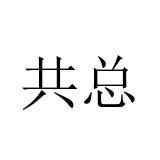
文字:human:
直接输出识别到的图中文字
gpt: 共总